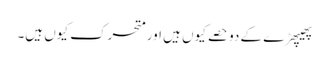
پھیپھڑے کے دو حصے کیوں ہیں اور متحرک کیوں ہیں۔